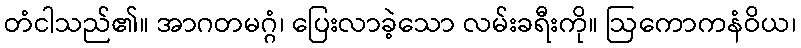
တံငါသည်၏။ အာဂတမဂ္ဂံ၊ ပြေးလာခဲ့သော လမ်းခရီးကို။ ဩကောကနံဝိယ၊